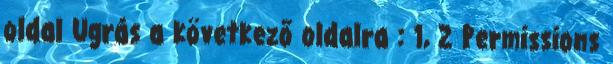
oldal Ugrás a következő oldalra : 1, 2 Permissions